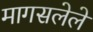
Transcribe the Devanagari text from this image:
मागसलेले